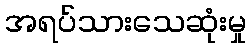
အရပ်သားသေဆုံးမှု